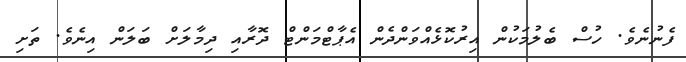
ފެނުނެވެ. ހުސް ބެލުމަކުން އިރުކޮޅެއްވަންދެން އެޕާޓްމަންޓް ދޮރާއި ދިމާލަށް ބަލަން އިނެވެ. ތަށި